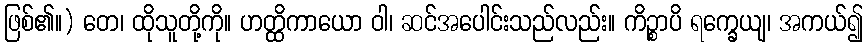
ဖြစ်၏။) တေ၊ ထိုသူတို့ကို။ ဟတ္ထိကာယော ဝါ၊ ဆင်အပေါင်းသည်လည်း။ ကိဉ္စာပိ ရက္ခေယျ၊ အကယ်၍